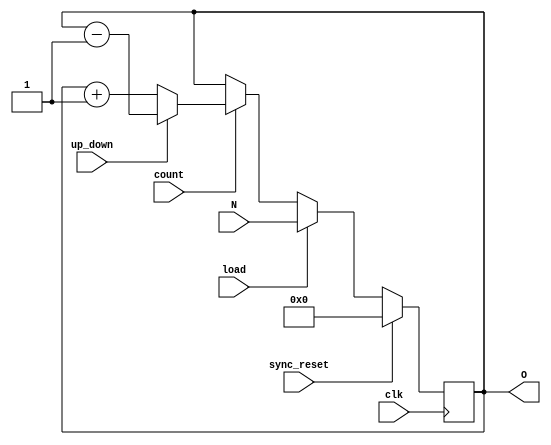
`timescale 1ns / 1ps
//////////////////////////////////////////////////////////////////////////////////
// Company: 
// Engineer: 
// 
// Design Name: 
// Module Name:    Binar_ripple_up_down_counter_4bit 
// Project Name: 
// Target Devices: 
// Tool versions: 
// Description: 
//
// Dependencies: 
//
// Revision: 
// Revision 0.01 - File Created
// Additional Comments: 
//
//////////////////////////////////////////////////////////////////////////////////
module Binary_up_down_counter #(parameter WIDTH=4)(
    input sync_reset,
    input load,
    input count,
    input up_down,
    input clk,
    input [WIDTH-1:0] N,
    output [WIDTH-1:0] O
    );

	 reg [WIDTH-1:0] temp;
	 
	 assign O = temp;
	 
	 always @(posedge clk)
	 if (sync_reset)
		temp <= 0;
	 else
		if (load)
			temp <= N;
		else
			if (count) begin
			//need begin end for this if - since it contains multiple line statements
				if (up_down)
					temp <= temp - 1;
				else
					temp <= temp + 1;
			end
	

endmodule